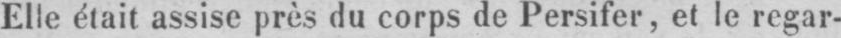
Elle était assise près du corps de Persifer, et le regar-